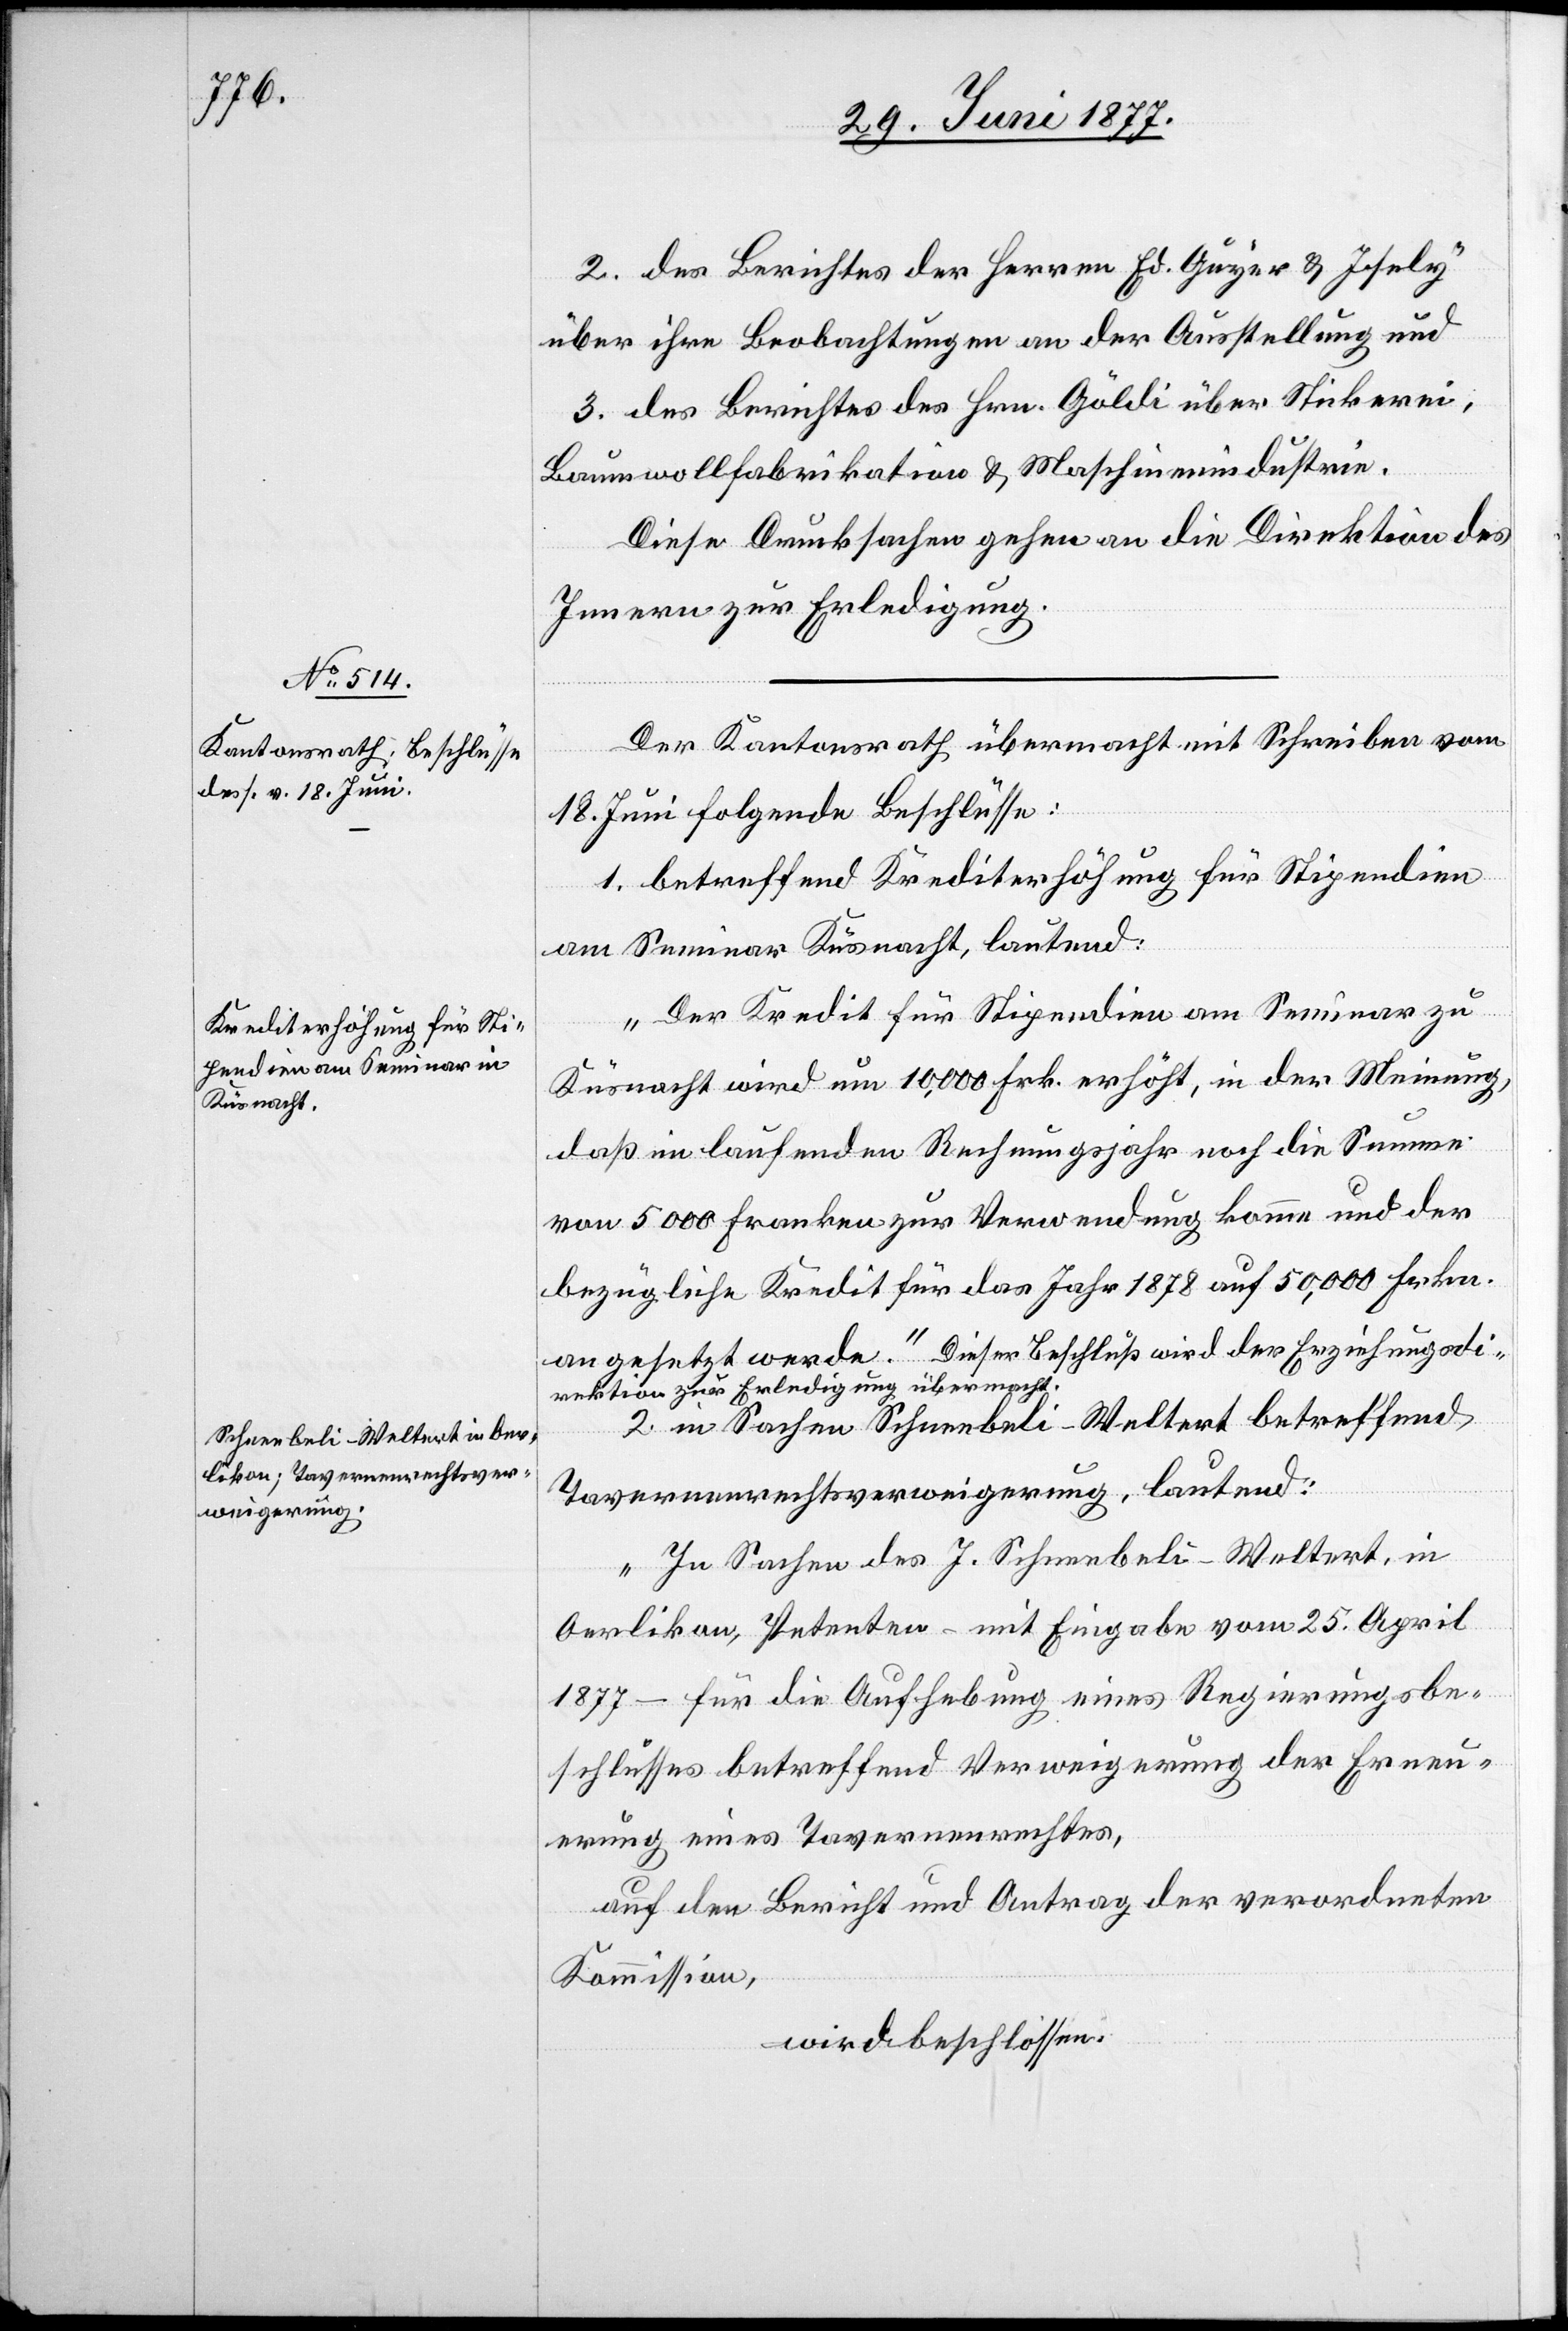
iehungs¬

2. des Berichtes der Herren Ed. Guyer & Iseli
über ihre Beobachtungen an der Ausstellung und
3. des Berichtes des Hrn. Göldi über Strickerei,
Baumwollfabrikation & Maschinenindustrie.
Diese Drucksachen gehen an die Direktion des
Innern zur Erledigung.
Der Kantonsrath übermacht mit Schreiben vom
18. Juni folgende Beschlüsse:
1. betreffend Krediterhöhung für Stipendien
am Seminar Küsnacht, lautend:
„Der Kredit für Stipendien am Seminar zu
Küsnacht wird um 10,000 Frk. erhöht, in der Meinung,
daß im laufenden Rechnungsjahr noch die Summe
von 5000 Franken zur Verwendung komme und der
bezügliche Kredit für das Jahr 1878 auf 50,000 Frkn.
direktion zur Erledigung übermacht.-a
2. in Sachen Schneebeli-Weltert betreffend
Tavernenrechtsverweigerung, lautend:
„In Sachen des J. Schneebeli-Weltert, in
Oerlikon, Petenten – mit Eingabe vom 25. April
1877 – für die Aufhebung eines Regierungsbe¬
schlusses betreffend Verweigerung der Erneu¬
erung eines Tavernenrechtes,
auf den Bericht und Antrag der verordneten
Kommission,
wird beschlossen